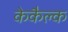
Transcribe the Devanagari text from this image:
केकैल्क